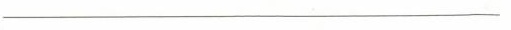
___